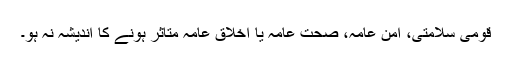
قومی سلامتی، امنِ عامہ، صحت عامہ یا اخلاقِ عامہ متاثر ہونے کا اندیشہ نہ ہو۔